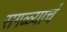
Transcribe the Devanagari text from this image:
सगळ्याचं